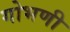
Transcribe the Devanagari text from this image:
गोभणी